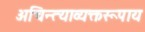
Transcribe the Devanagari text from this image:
अचिन्त्याव्यक्तरूपाय